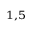
^ { 1 , 5 }